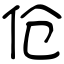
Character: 伧